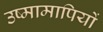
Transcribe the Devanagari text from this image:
उष्मामापियों